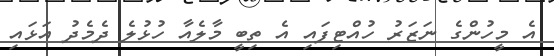
އެ މީހުންގެ ނަޒަރު ހުއްޓިފައި އެ ތިބީ މާލެއާ ހުޅުލެ ދެމެދު އަޅައި